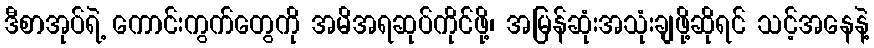
ဒီစာအုပ်ရဲ့ ကောင်းကွက်တွေကို အမိအရဆုပ်ကိုင်ဖို့၊ အမြန်ဆုံးအသုံးချဖို့ဆိုရင် သင့်အနေနဲ့